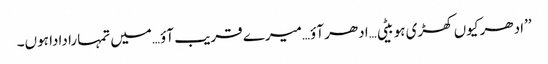
’’ادھر کیوں کھڑی ہو بیٹی…ادھر آؤ…میرے قریب آؤ…میں تمہارا دادا ہوں۔